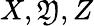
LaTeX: X,\mathfrak{Y},Z